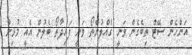
އަންހެން ސޭޓް ތިބެގެން ވަނީ ގެއްލުންތޯ ވަނީ ފައިދާތޯ ބެލުން އެއީ މުޅިން